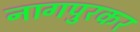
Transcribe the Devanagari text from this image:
नागपुरकर